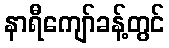
နာရီကျော်ခန့်တွင်